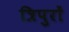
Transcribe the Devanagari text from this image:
त्रिपुरों